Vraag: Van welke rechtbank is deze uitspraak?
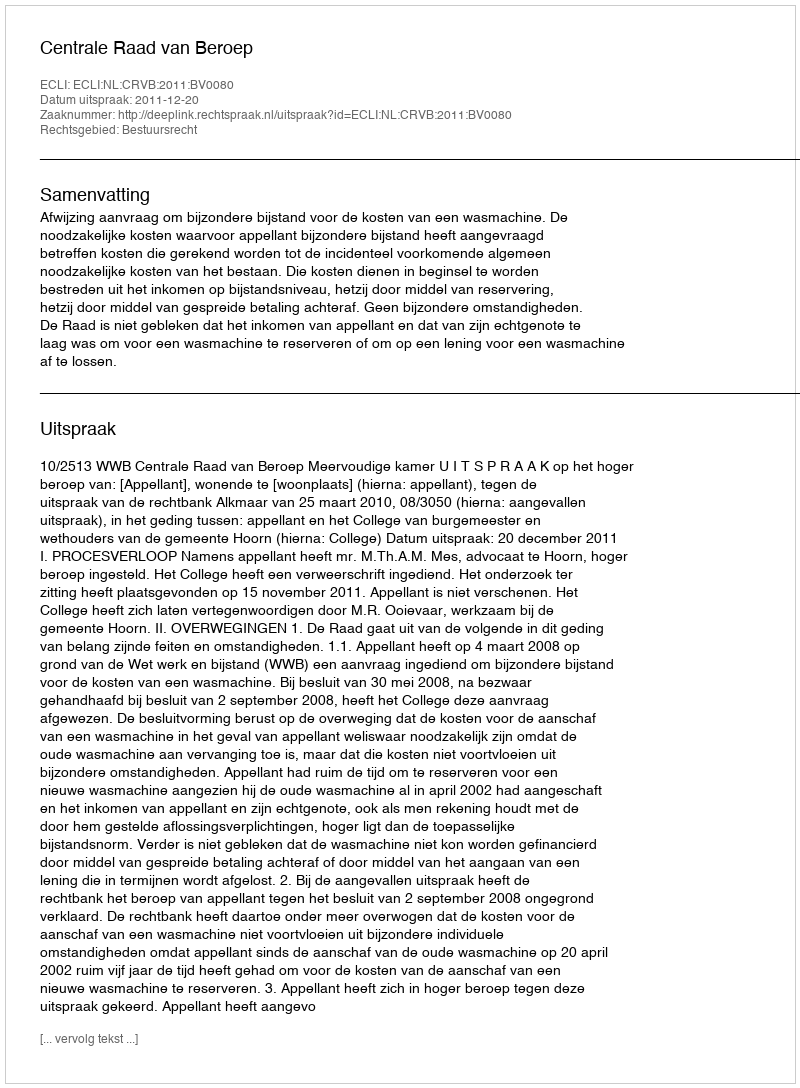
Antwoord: Centrale Raad van Beroep